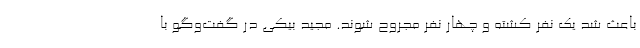
باعث شد یک نفر کشته و چهار نفر مجروح شوند. مجید بیکی در گفت‌وگو با